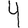
Digit: 4